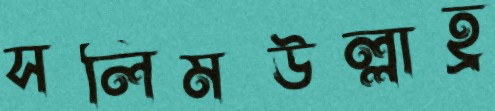
সলিমউল্লাহ্র